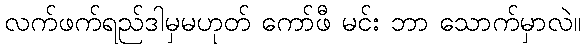
လက်ဖက်ရည်ဒါမှမဟုတ် ကော်ဖီ မင်း ဘာ သောက်မှာလဲ။